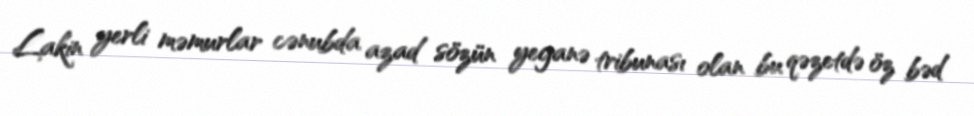
Lakin yerli məmurlar cənubda azad sözün yeganə tribunası olan bu qəzetdə öz bəd